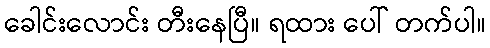
ခေါင်းလောင်း တီးနေပြီ။ ရထား ပေါ် တက်ပါ။